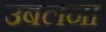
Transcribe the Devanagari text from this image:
उबलना